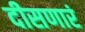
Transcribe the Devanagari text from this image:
दीसणारं